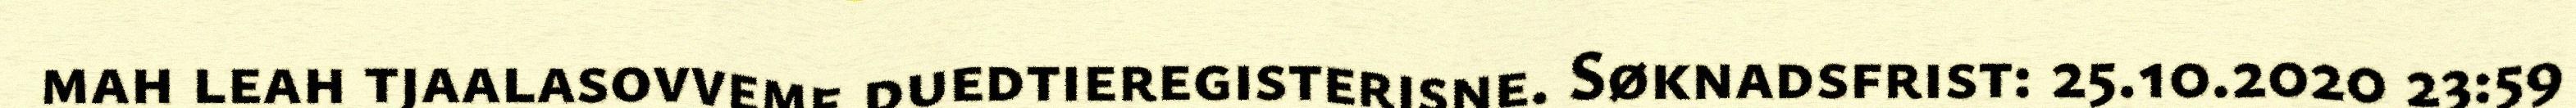
mah leah tjaalasovveme duedtieregisterisne. Søknadsfrist: 25.10.2020 23:59